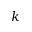
k